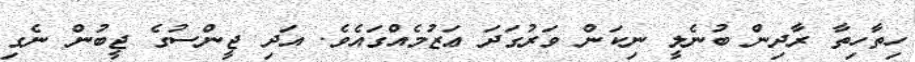
ހިތާހިތާ ރާދިން ބުނެލީ ނިކަން ވަރުގަދަ ޢަޒުމެއްގައެވެ. އަދި ޖީންސުގެ ޖީބުން ނެގި